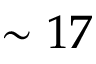
\sim 1 7